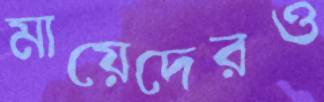
মায়েদেরও